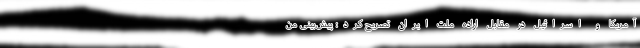
آمریکا و اسرائیل در مقابل اراده ملت ایران‌ تصریح کرد: پیش‌بینی من